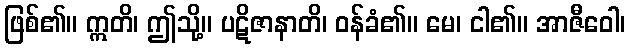
ဖြစ်၏။ ဣတိ၊ ဤသို့။ ပဋိဇာနာတိ၊ ဝန်ခံ၏။ မေ၊ ငါ၏။ အာဇီဝေါ၊